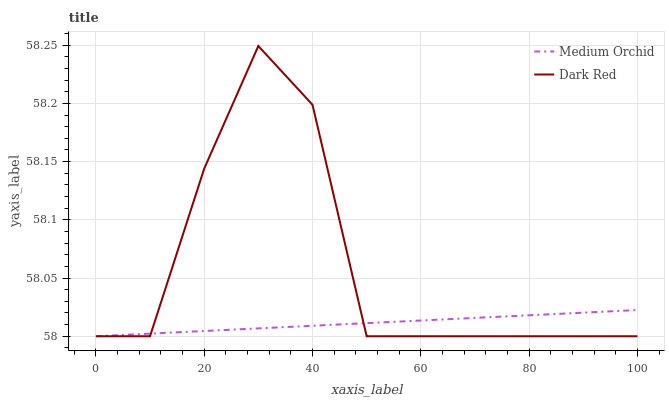
| xaxis_label | Medium Orchid | Dark Red |
 | --- | --- | --- |
 | 0 | 58 | 58 |
 | 10 | 58 | 58 |
 | 20 | 58 | 58.1 |
 | 30 | 58 | 58.2 |
 | 40 | 58 | 58.2 |
 | 50 | 58 | 58 |
 | 60 | 58 | 58 |
 | 70 | 58 | 58 |
 | 80 | 58 | 58 |
 | 90 | 58 | 58 |
 | 100 | 58 | 58 |